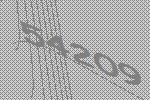
54209